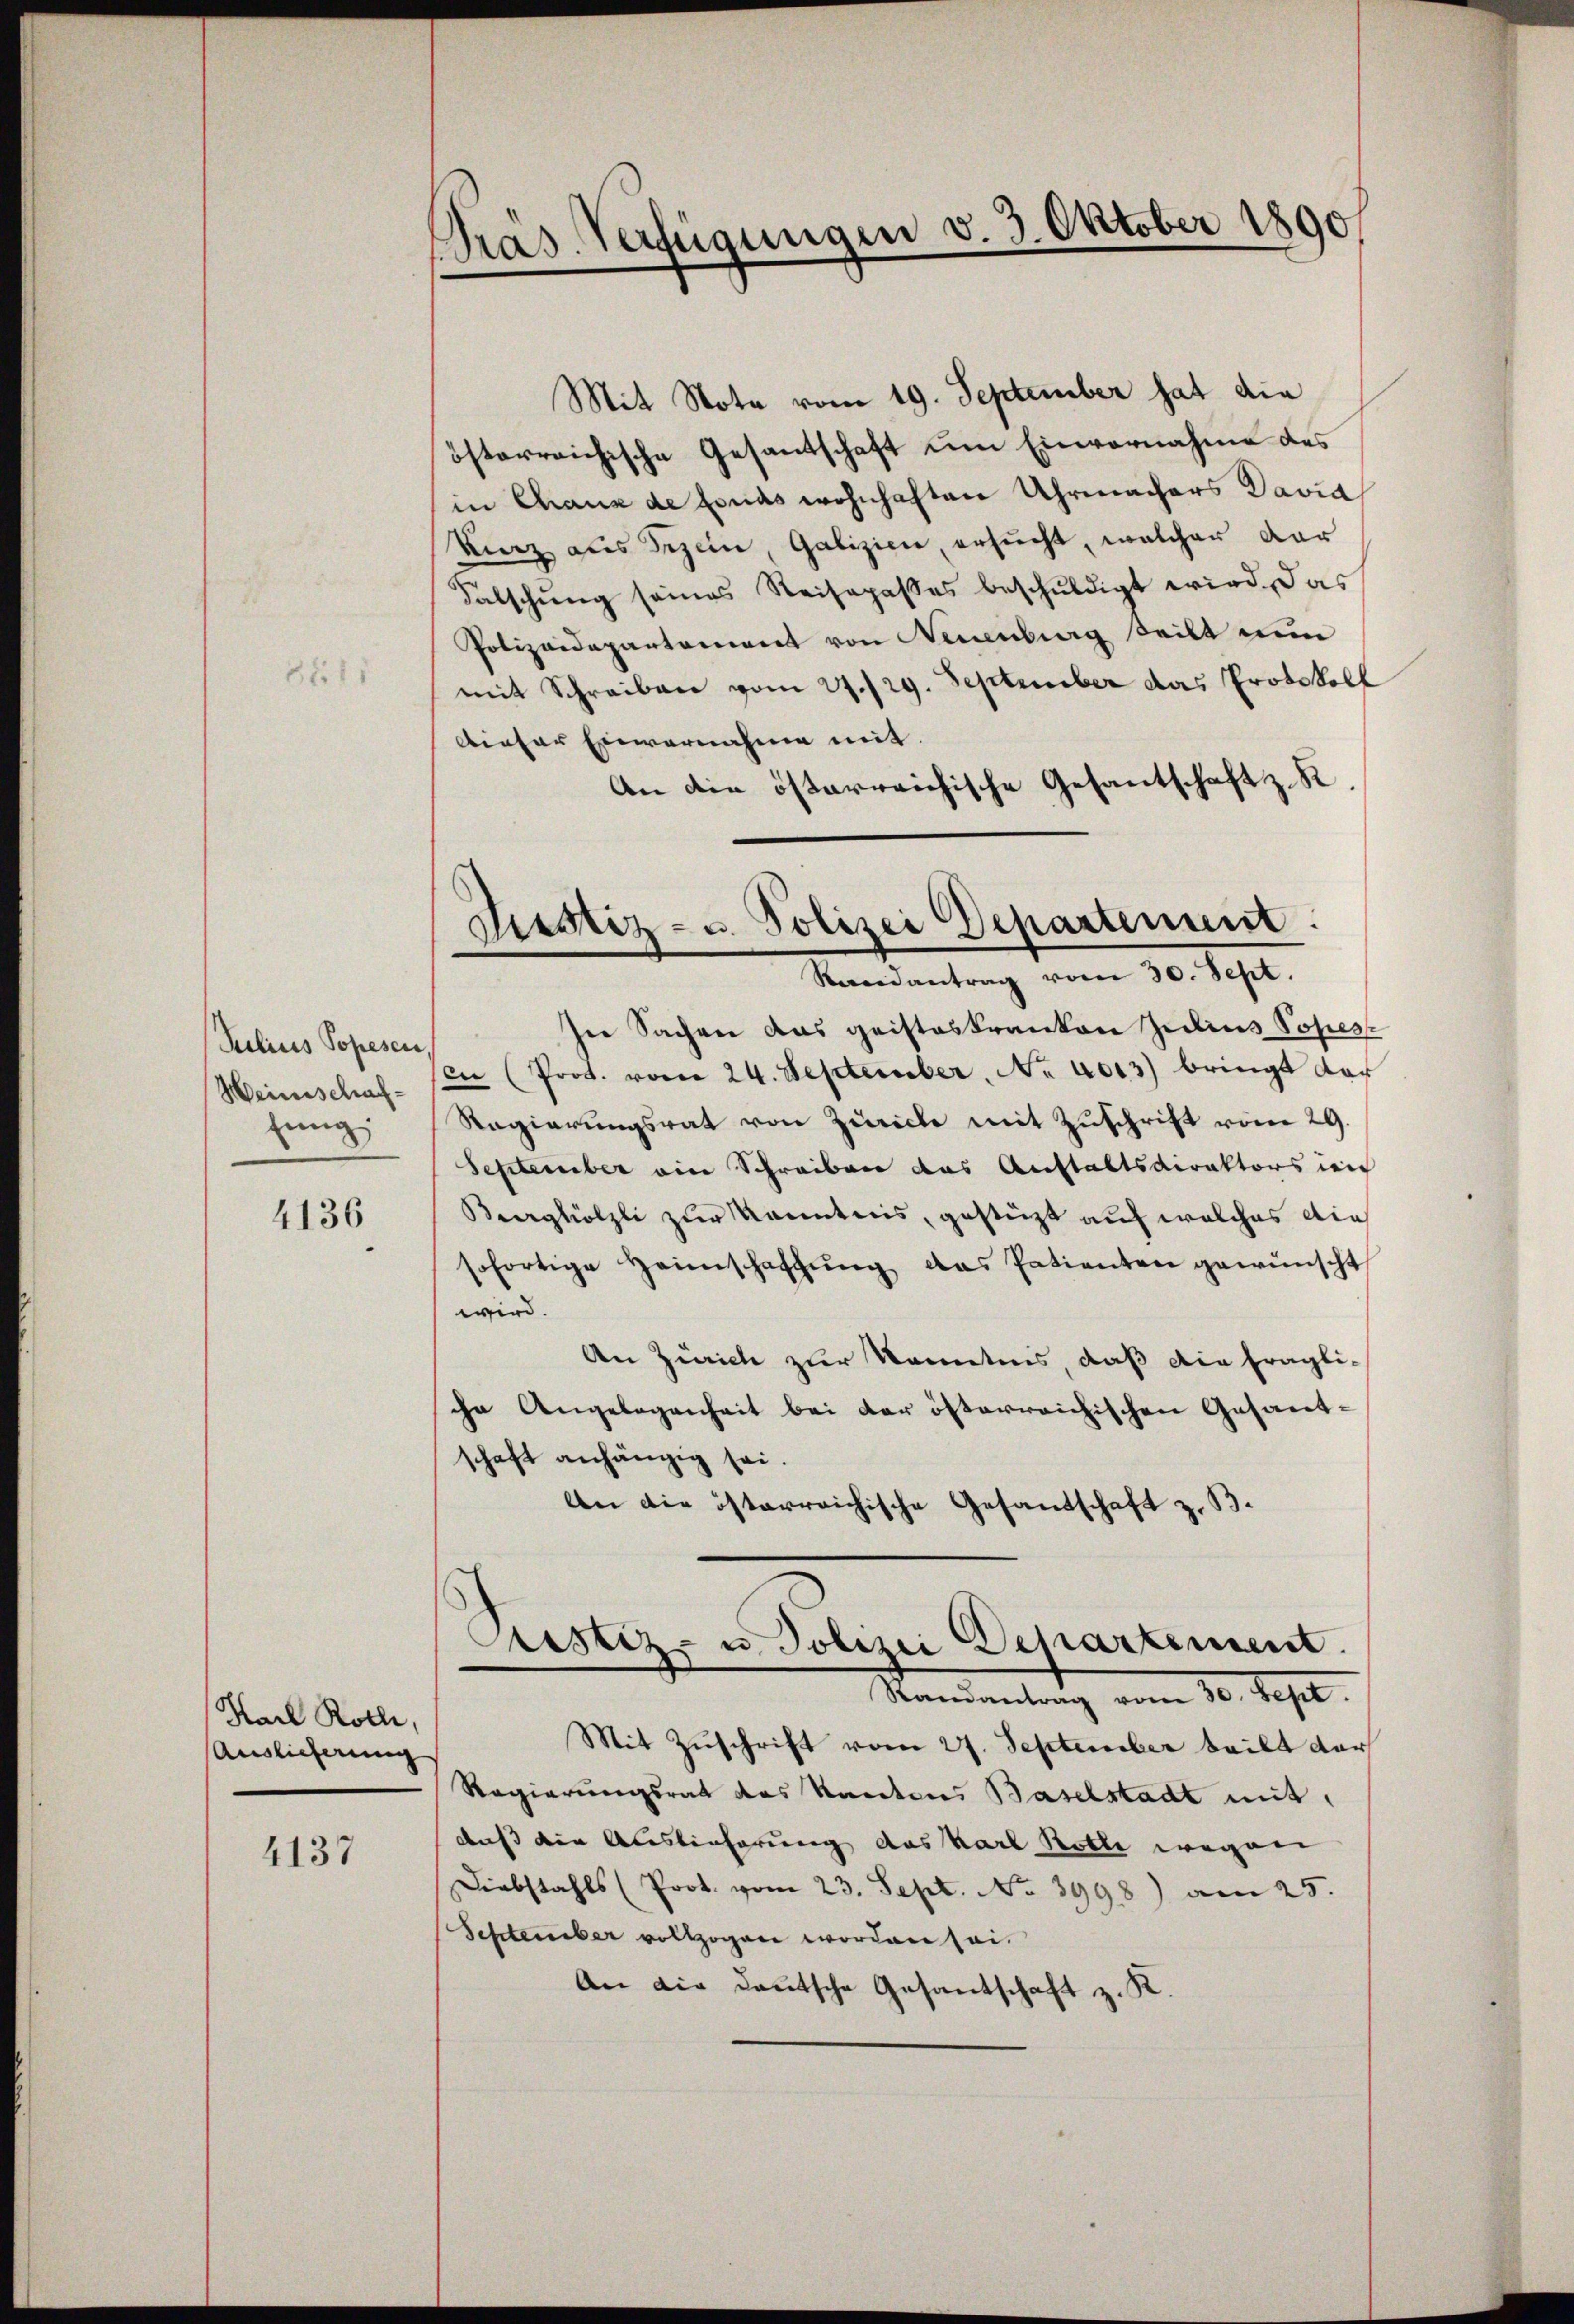
81

Julius Popesen
Weinschaffung

4136

Mit Note vom 19. September hat die
österreichische Gesantschaft um Einvernahme des
in Chaux de fonds wohnhaften Uhrmachers David
Kierz aus Szein, Galizien ersucht, welcher dar
Falschung seines Reisepaßes beschuldigt wird. Das
Polizeidepartoniert von Neuenburg steilt nun
mit Schreiben vom 27./29. September das Protokoll
Airter Einvernahme mit
An die österreichische Gesantschaft z. R.
.

Karl Kolle,
Auslieferung

4137

Pras-Verfügungen v. 3. Oktober 1890

Justiz- u. Polizei Departement.
.
Reidantrag vom 30. Sept.

sie Sachen das geisteskranken Julius Popes
in (Prot. vom 24. September, No 4013) bringt dar
Regierŭngsrat von Zürich mit Zŭschrift vom 29.
September ein Schreiben das Anstaltsdirektors in
Berghölzli zur Kenntnis, gestützt auf welches die
sofortige Heimschaffŭng das Patienten gewünscht
wird.
An Zürich zur Kenntnis, daß die fragliche Angelegenheit bei der österreichischen Gesamt-
schaft anhängig sei.
An die österreichische Gesandschaft z. B.
Cristiz- u. Polizei Departement.
Randantrag vom 30. Sept.
Mit Zŭschrift vom 27. September beilt der
Regierungsrat des Kantons Baselstadt mit,
auß die Auslieferung des Karl Rolle wegen
Diebstahls (Prot. vom 23. Sept. No 3998) am 25.
Schlember vollzogen worden sei.
An die deutsche Gesantschaft z. K.